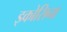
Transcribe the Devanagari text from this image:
इकोसिना